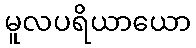
မူလပရိယာယော